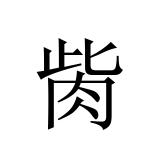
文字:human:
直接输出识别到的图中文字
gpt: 胔